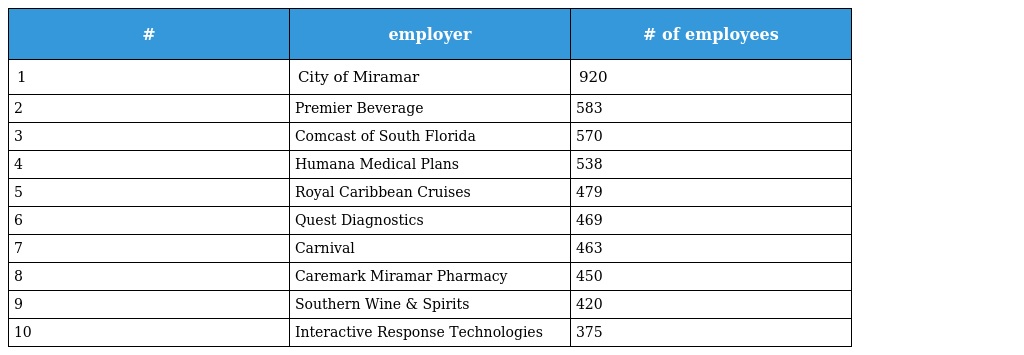
| # | employer | # of employees |
 | --- | --- | --- |
 | 1 | City of Miramar | 920 |
 | 2 | Premier Beverage | 583 |
 | 3 | Comcast of South Florida | 570 |
 | 4 | Humana Medical Plans | 538 |
 | 5 | Royal Caribbean Cruises | 479 |
 | 6 | Quest Diagnostics | 469 |
 | 7 | Carnival | 463 |
 | 8 | Caremark Miramar Pharmacy | 450 |
 | 9 | Southern Wine & Spirits | 420 |
 | 10 | Interactive Response Technologies | 375 |